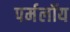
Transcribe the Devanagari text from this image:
पर्मलॉय